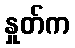
နှုတ်က